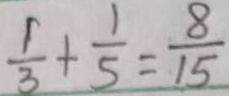
\frac { 1 } { 3 } + \frac { 1 } { 5 } = \frac { 8 } { 1 5 }